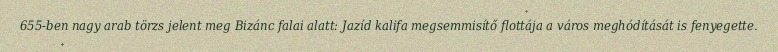
655-ben nagy arab törzs jelent meg Bizánc falai alatt: Jazíd kalifa megsemmisítő flottája a város meghódítását is fenyegette.